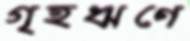
গৃহঋণে